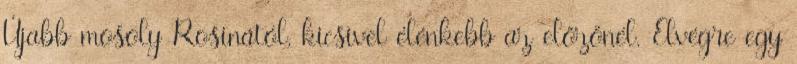
Újabb mosoly Rosinától, kicsivel élénkebb az előzőnél. Elvégre egy